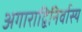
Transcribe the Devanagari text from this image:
अगाराद्विनिर्वास्य